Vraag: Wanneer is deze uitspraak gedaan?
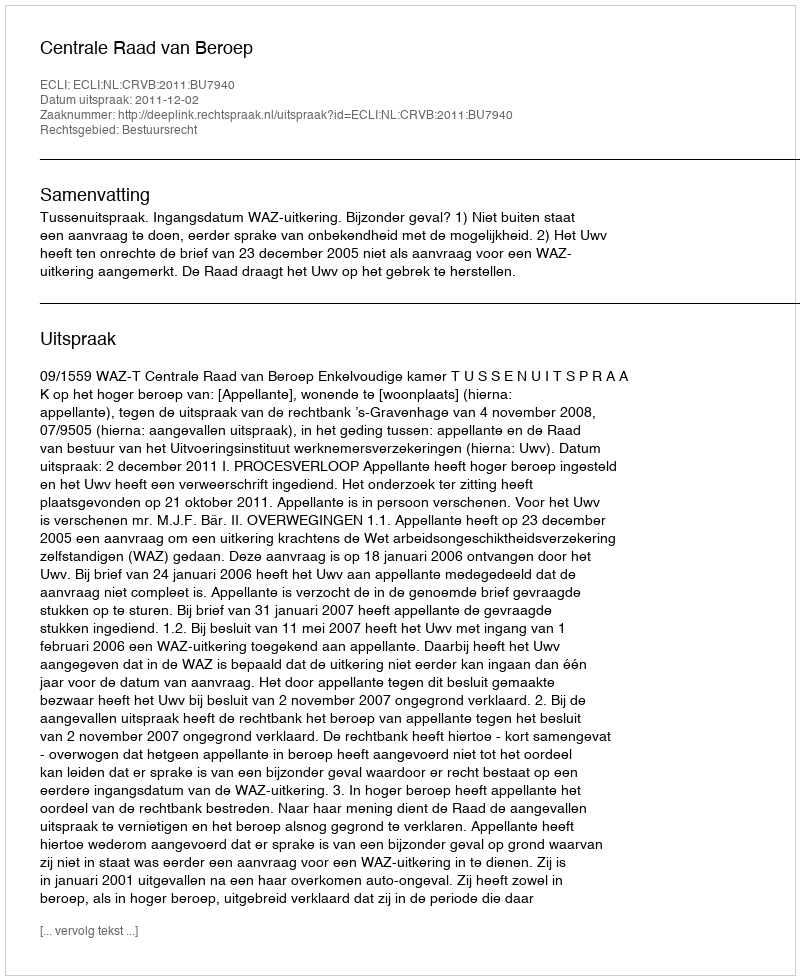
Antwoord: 2011-12-02